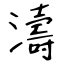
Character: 濤